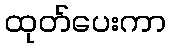
ထုတ်ပေးကာ